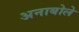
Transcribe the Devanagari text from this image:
अनाबोले